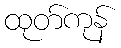
ထုတ်ကုန်